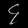
Digit: ၄